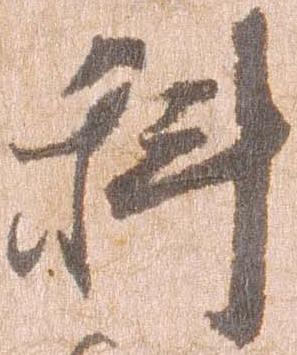
科